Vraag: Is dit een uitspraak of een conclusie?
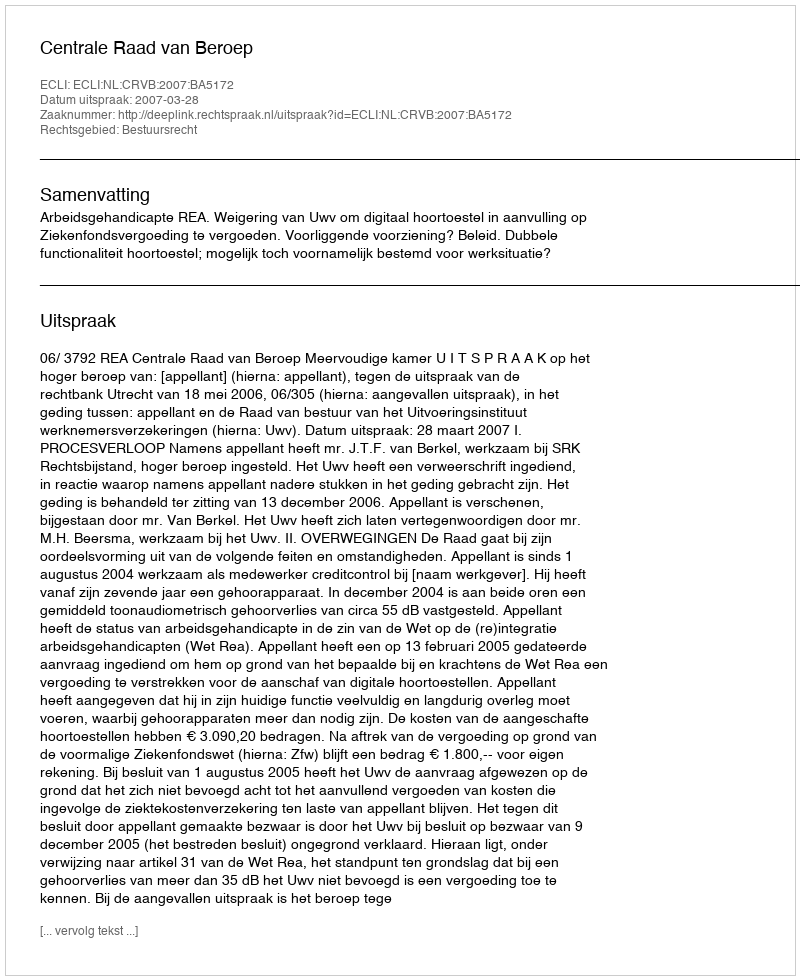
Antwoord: Uitspraak